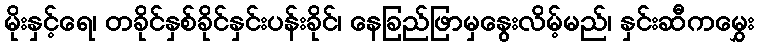
မိုးနှင့်ရေ၊ တခိုင်နှစ်ခိုင်နှင်းပန်းခိုင်၊ နေခြည်ဖြာမှနွေးလိမ့်မည်၊ နှင်းဆီကမွှေး